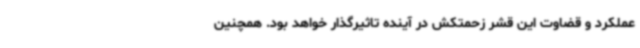
عملکرد و قضاوت این قشر زحمتکش در آینده تاثیرگذار خواهد بود. همچنین